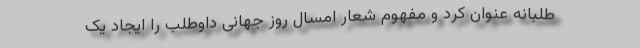
طلبانه عنوان کرد و مفهوم شعار امسال روز جهانی داوطلب را ایجاد یک